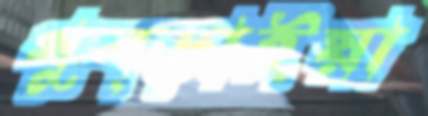
থুব্‌ড়াইয়া